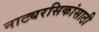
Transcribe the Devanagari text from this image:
नाट्यरसिकांसाठी